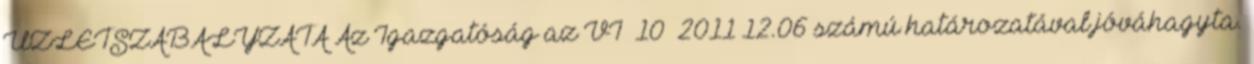
ÜZLETSZABÁLYZATA Az Igazgatóság az VI 10 2011 12.06 számú határozatával jóváhagyta.